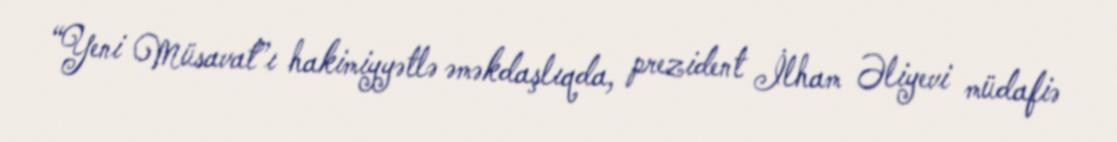
“Yeni Müsavat”ı hakimiyyətlə əməkdaşlıqda, prezident İlham Əliyevi müdafiə